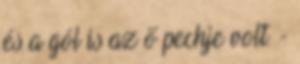
és a gól is az ő pechje volt. -